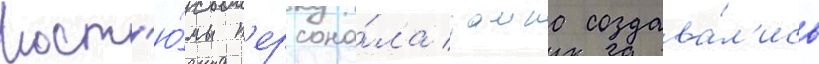
Кост'ю́мы п'ерсона́ла замка создава́л'ись